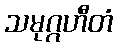
သမုဂ္ဂဟီတံ